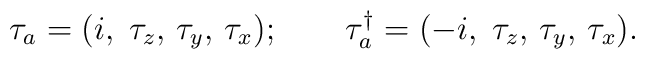
\tau _a=(i,\;\tau _z,\,\tau _y,\,\tau _x);\qquad \tau _a^{\dagger}=(-i,\;\tau _z,\,\tau _y,\,\tau _x).